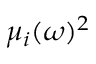
\mu _ { i } ( \omega ) ^ { 2 }